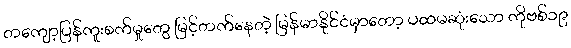
တကျော့ပြန်ကူးစက်မှုတွေ မြင့်တက်နေတဲ့ မြန်မာနိုင်ငံမှာတော့ ပထမဆုံးသော ကိုဗစ်၁၉